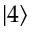
\lvert 4 \rangle